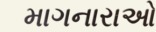
માગનારાઓ